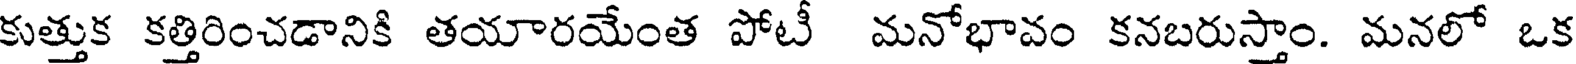
కుత్తుక కత్తిరించడానికి తయారయేంత పోటీ మనోభావం కనబరుస్తాం. మనలో ఒక